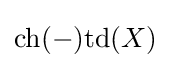
\mathrm {ch} (-)\mathrm {td} (X)